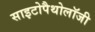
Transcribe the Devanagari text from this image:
साइटोपैथोलॉजी